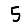
Digit: 5